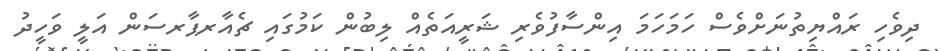
ދިވެހި ރައްޔިތުނަށްވެސް ހަމަހަމަ އިންސާފުވެރި ޝަރީއަތެއް ލިބުން ކަމުގައި ޗެއާރޕާރސަން އަލީ ވަހީދު